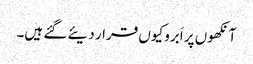
آنکھوں پر اَبرو کیوں قرار دیئے گئے ہیں۔